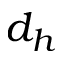
d _ { h }